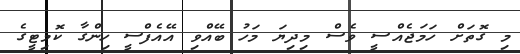
މި ގޮތަށް ހަމަޖެއްސީ ވެސް މިދިޔަ މަހު ބޭއްވި އޭއެފްސީ ހިންގާ ކޮމިޓީގެ